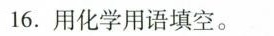
16.用化学用语填空。